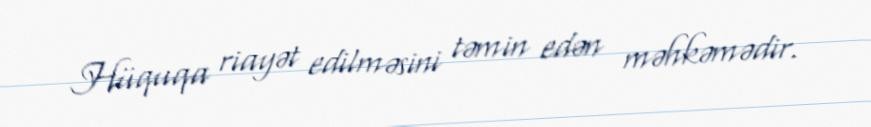
Hüquqa riayət edilməsini təmin edən məhkəmədir.